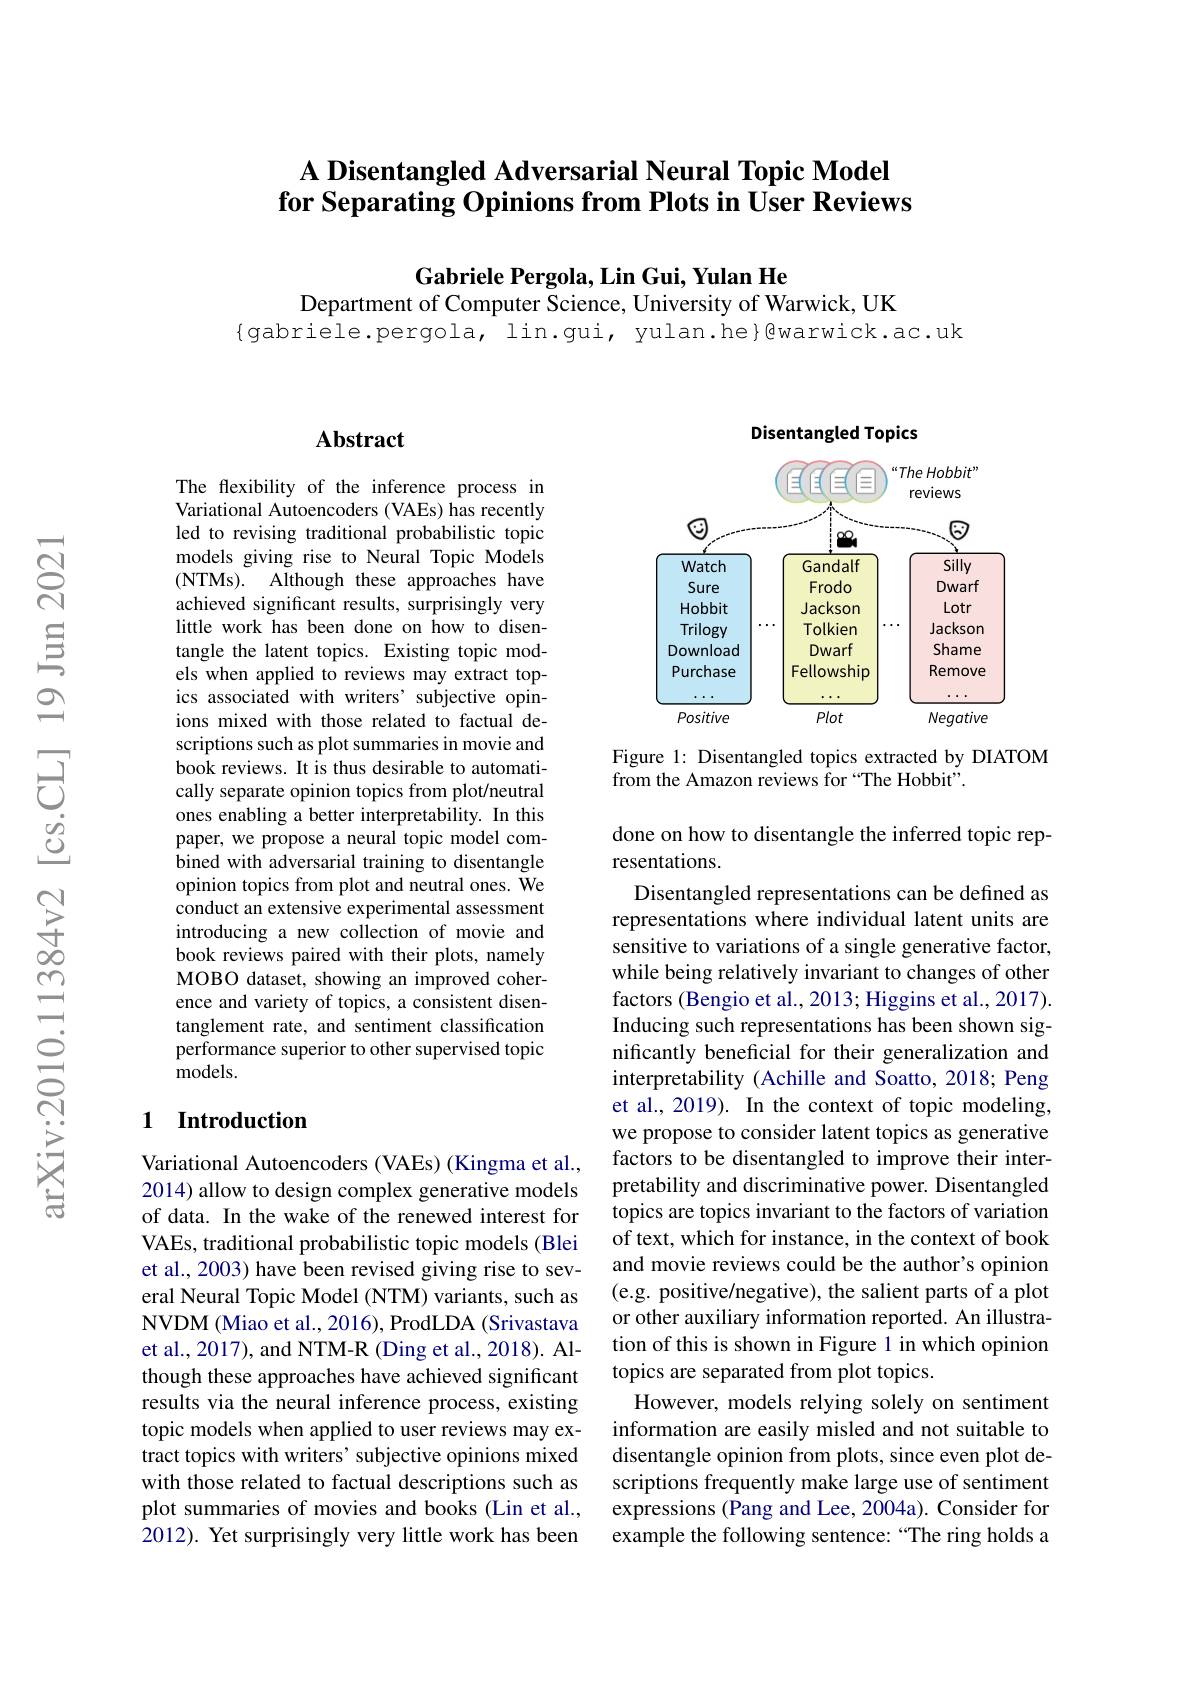
### A Disentangled Adversarial Neural Topic Model for Separating Opinions from Plots in User Reviews

Gabriele Pergola, Lin Gui, Yulan He
Department of Computer Science, University of Warwick, UK
{gabriele.pergola, lin.gui, yulan.he}@warwick.ac.uk

## $\mathbf{Abstract}$

The flexibility of the inference process in Variational Autoencoders (VAEs) has recently led to revising traditional probabilistic topic models giving rise to Neural Topic Models ( NTMs) . Although these approaches have achieved significant results, surprisingly very little work has been done on how to disentangle the latent topics. Existing topic models when applied to reviews may extract topics associated with writers' subjective opinions mixed with those related to factual descriptions such as plot summaries in movie and book reviews. It is thus desirable to automatically separate opinion topics from plot/neutral ones enabling a better interpretability. In this paper, we propose a neural topic model combined with adversarial training to disentangle opinion topics from plot and neutral ones. We conduct an extensive experimental assessment introducing a new collection of movie and book reviews paired with their plots, namely MOBO dataset, showing an improved coherence and variety of topics, a consistent disentanglement rate, and sentiment classification performance superior to other supervised topic ${\mathrm{models.}}$

## 1 Introduction

Variational Autoencoders (VAEs) (Kingma et al., 2014) allow to design complex generative models of data. In the wake of the renewed interest for VAEs, traditional probabilistic topic models (Blei et al., 2003) have been revised giving rise to several Neural Topic Model (NTM) variants, such as NVDM (Miao et al., 2016), ProdLDA (Srivastava et al., 2017), and NTM-R (Ding et al., 2018). Although these approaches have achieved significant results via the neural inference process, existing topic models when applied to user reviews may extract topics with writers' subjective opinions mixed with those related to factual descriptions such as plot summaries of movies and books (Lin et al., 2012). Yet surprisingly very little work has been

Disentangled Topics

<FigureHere>

Figure 1: Disentangled topics extracted by DIATOM
from the Amazon reviews for “The Hobbit”.

done on how to disentangle the inferred topic rep-
resentations.
Disentangled representations can be defined as representations where individual latent units are sensitive to variations of a single generative factor, while being relatively invariant to changes of other factors (Bengio et al., 2013; Higgins et al., 2017). Inducing such representations has been shown significantly beneficial for their generalization and interpretability (Achille and Soatto, 2018; Peng et al., 2019). In the context of topic modeling, we propose to consider latent topics as generative factors to be disentangled to improve their interpretability and discriminative power. Disentangled topics are topics invariant to the factors of variation of text, which for instance, in the context of book and movie reviews could be the author's opinion (e.g. positive/negative), the salient parts of a plot or other auxiliary information reported. An illustration of this is shown in Figure 1 in which opinion topics are separated from plot topics.
However, models relying solely on sentiment information are easily misled and not suitable to disentangle opinion from plots, since even plot descriptions frequently make large use of sentiment expressions (Pang and Lee, 2004a). Consider for example the following sentence: “The ring holds a